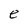
Character: e